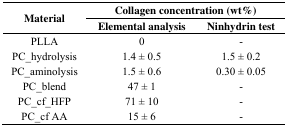
<table><thead><tr><td rowspan="2"><b>Material</b></td><td colspan="2"><b>Collagen concentration (wt%)</b></td></tr><tr><td><b>Elemental analysis</b></td><td><b>Ninhydrin test</b></td></tr></thead><tbody><tr><td>PLLA</td><td>0</td><td>-</td></tr><tr><td>PC_hydrolysis</td><td>1.4 ± 0.5</td><td>1.5 ± 0.2</td></tr><tr><td>PC_aminolysis</td><td>1.5 ± 0.6</td><td>0.30 ± 0.05</td></tr><tr><td>PC_blend</td><td>47 ± 1</td><td>-</td></tr><tr><td>PC_cf_HFP</td><td>71 ± 10</td><td>-</td></tr><tr><td>PC_cf AA</td><td>15 ± 6</td><td>-</td></tr></tbody></table>